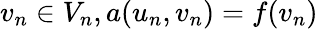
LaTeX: v_{n}\in V_{n},a(u_{n},v_{n})=f(v_{n})